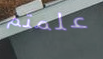
علمتم